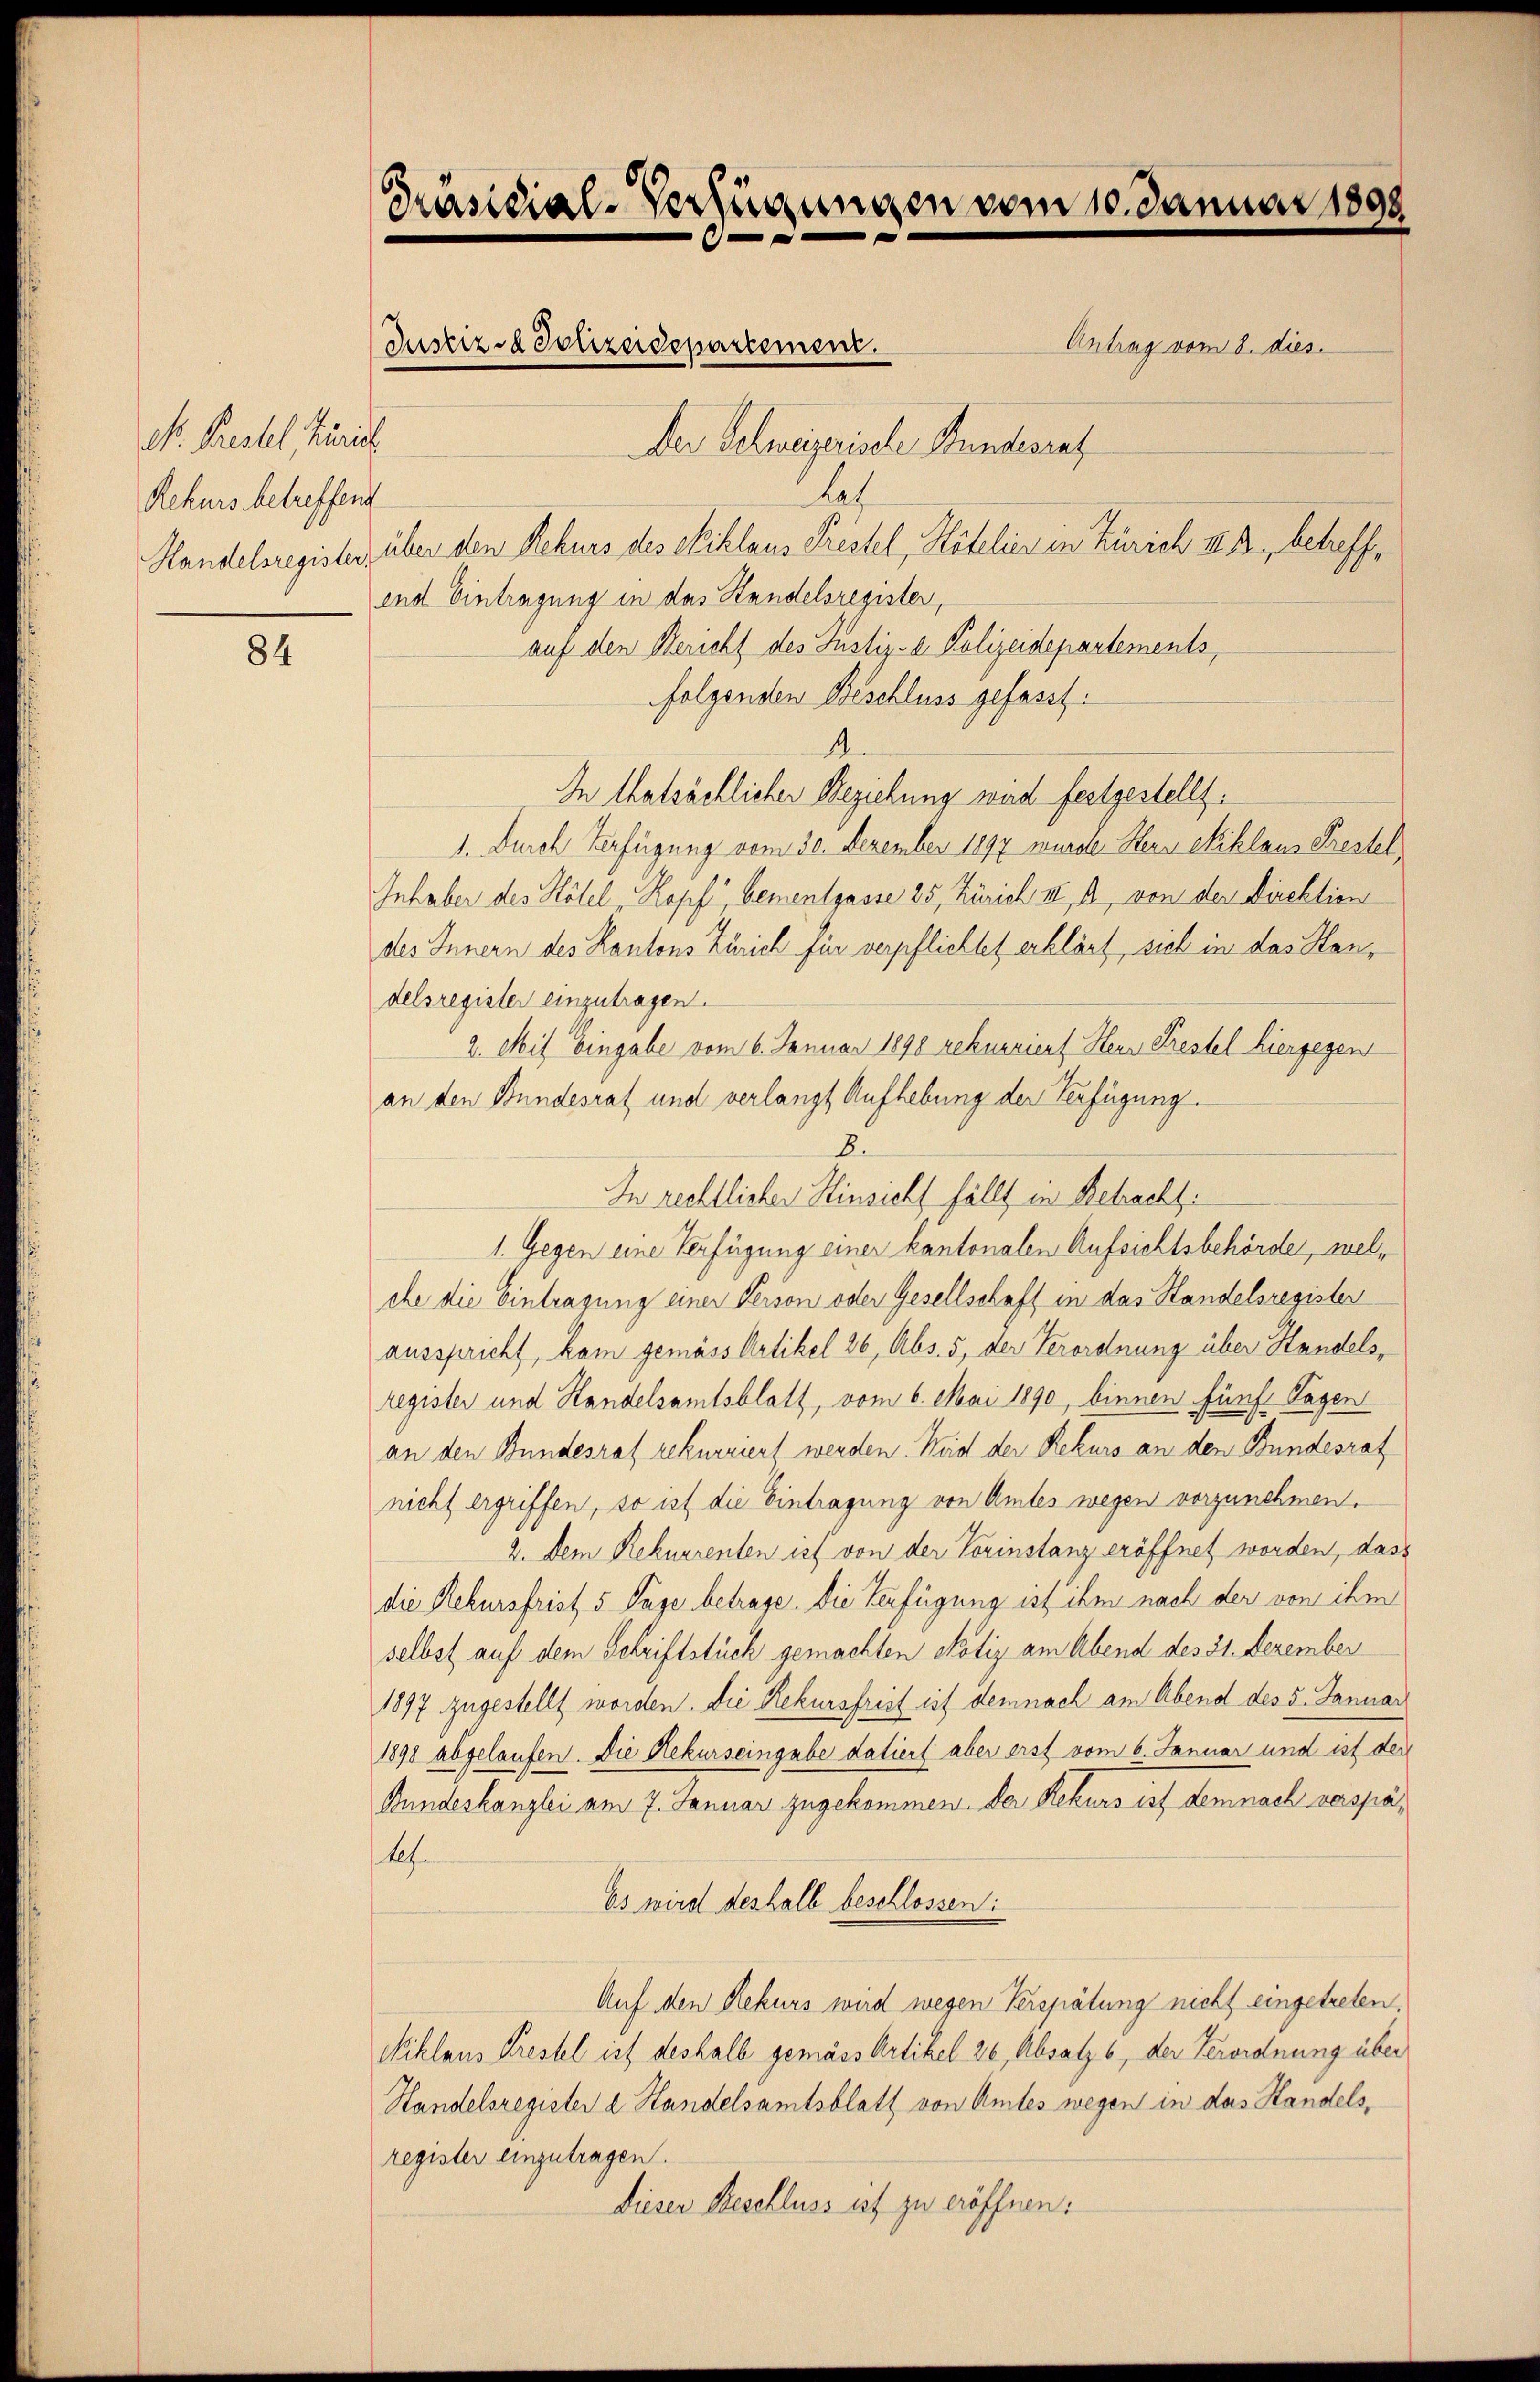
D. Prestel, Zürich
Rekurs betreffend
Handelsregister,

84

Präsidial-Verfügungen vom 10. Januar 1898

Antrag vom 8. dies.
hat
über den Rekurs des Eiklaus Prestel, Hotelier in Zürich II 2, betreffe
end Eintragung in das Handelsregister,
auf den Bericht des Justiz- & Polizeidepartements,
folgenden Beschluss gefasst.
4
In tatsächlicher Beziehung wird festgestellt.
1. Durch Verfügung vom 30. Dezember 1897 wurde Stern Miklaus Prestel
Inhaber des Kölel, Kopf bementgasse 25, Zürich II. A. von der Direktion
des Innern des Kantons Zürich für verpflichtet erklärt, sich in das Handelsregister einzutragen.
2. Mit Eingabe vom 6. Januar 1898 rekurriert Herr Prestel hiergegen
an den Bundesrat und verlangt Aufhebung der Verfügung.
2
In rechtlicher Hinsicht fällt in Betracht:
1. Gegen eine Verfügung einer kantonalen Aufsichtsbehörde, welche die Eintragung einer Person oder Gesellschaft in das Standelsregister
ausspricht, kam gemäss Artikel 26, Abs. 5, der Verordnung über Handelsregister und Handelsamtsblatt, vom 6. Mai 1890, binnen fünf Tagen
an den Bundesrat rekurriert werden. Weid der Rekurs an den Bundesrat
nicht ergriffen, so ist die Eintragung von Amtes wegen vorzunehmen.
2. Dem Rekurrenten ist von der Vorinstanz eröffnet worden, dass
die Rekursfrist 5 Tage betrage. Die Verfügung ist ihm nach der von ihm
selbst auf dem Schriftstück gemachten Notiz am Abend des 31. Dezember
1897 zugestellt worden. Die Rekursfreit ist demnach am Abend des 5. Januar
1898 abgelaufen. Die Rekurseingabe datiert aber erst vom 6. Januar und ist der
Bundeskanzlei am 7. Januar zugekommen. Der Rekurs ist demnach verspäkh
Es wird deshalb beschlossen:
Auf den Rekurs wird wegen Verspätung nicht eingetreten,
Niklaus Krestel ist deshalb gemäss Artikel 26, Absatz 6, der Verordnung über
Handelsregister d. Handelsamtsblatt von Amtes wegen in das Handelsregister einzutragen.
Dieser Beschluss ist zu eröffnen.

Justiz- & Polizeidepartement.

Der Schweizerische Stundesrat